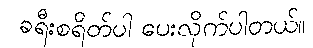
ခရီးစရိတ်ပါ ပေးလိုက်ပါတယ်။